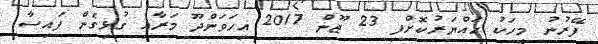
ފޭރުނު މީހަކު ހައްޔަރުކޮށްފި 23 ޖޫން 2017 އިހަވަންދޫ މަރާއި ގުޅިގެން ފައިސާ